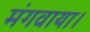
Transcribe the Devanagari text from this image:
मंगवाया।